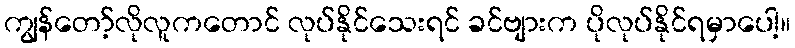
ကျွန်တော့်လိုလူကတောင် လုပ်နိုင်သေးရင် ခင်ဗျားက ပိုလုပ်နိုင်ရမှာပေါ့။